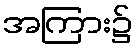
အကြား၌